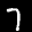
Label: 7